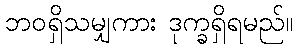
ဘဝရှိသမျှကား ဒုက္ခရှိရမည်။